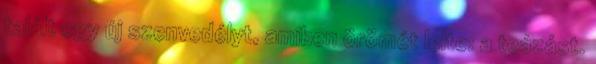
talált egy új szenvedélyt, amiben örömét lelte: a teázást.